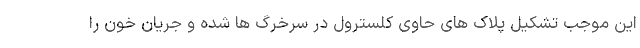
این موجب تشکیل پلاک های حاوی کلسترول در سرخرگ ها شده و جریان خون را